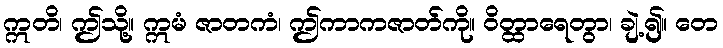
ဣတိ၊ ဤသို့။ ဣမံ ဇာတကံ၊ ဤကာကဇာတ်ကို။ ဝိတ္ထာရေတွာ၊ ချဲ့၍။ တေ